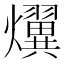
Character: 𤒩